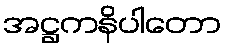
အဋ္ဌကနိပါတော